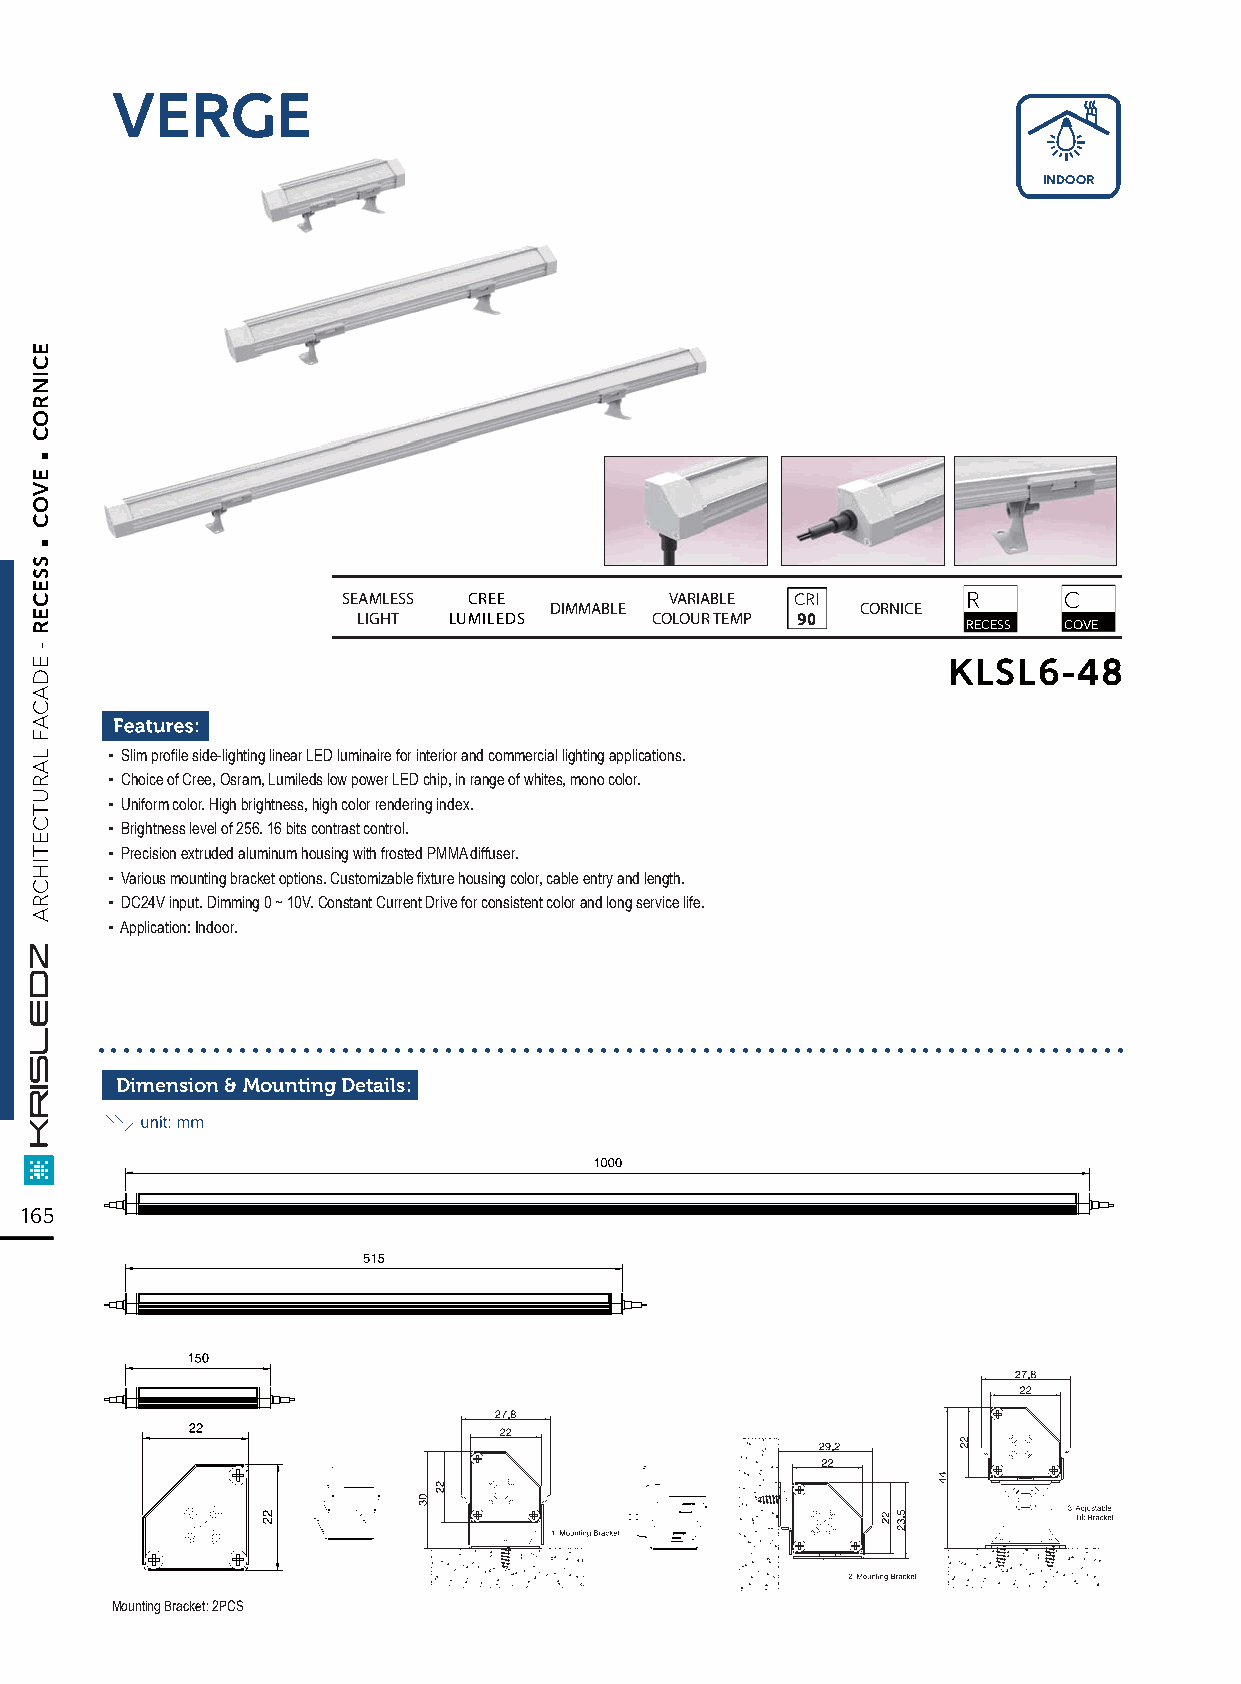
VERGE
 INDOOR
 SEAMLESS CREE        VARIABLE CRI        R     C
 DIMMABLE             CORNICE
 LIGHT LUMILEDS     COLOUR TEMP 90       RECESS COVE
 KLSL6-48
 ▪ Slim profile side-lighting linear LED luminaire for interior and commercial lighting applications.
 ▪ Choice of Cree, Osram, Lumileds low power LED chip, in range of whites, mono color.
 ▪ Uniform color. High brightness, high color rendering index.
 ▪ Brightness level of 256. 16 bits contrast control.
 ▪ Precision extruded aluminum housing with frosted PMMA diffuser.
 ▪ Various mounting bracket options. Customizable fixture housing color, cable entry and length.
 ▪ DC24V input. Dimming 0 ~ 10V. Constant Current Drive for consistent color and long service life.
 ▪ Application: Indoor.
 ................................................................................
 Dimension & Mounting Details:
 165
 Mounting Bracket: 2PCS
 .
 .
 ECINROC
 EVOC
 SSECER
 -
 EDACAF
 LARUTCETIHCRA